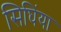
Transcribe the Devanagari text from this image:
सिघिंया